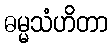
ဓမ္မသံဟိတာ